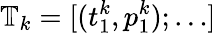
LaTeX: \mathbb{T}_{k}=[(t_{1}^{k},p_{1}^{k});\dots]